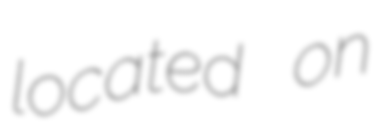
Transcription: located on